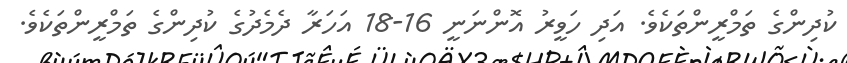
ކުދިންގެ ތަމްރީންތަކެވެ. އަދި ހަވީރު އޮންނަނީ 16-18 އަހަރާ ދެމެދުގެ ކުދިންގެ ތަމްރީންތަކެވެ.